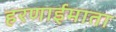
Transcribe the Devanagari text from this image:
हरणाईमाता